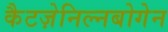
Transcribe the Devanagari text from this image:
कैटज़ेनिल्नबोगेन